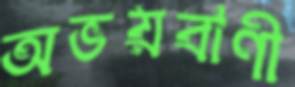
অভয়বাণী